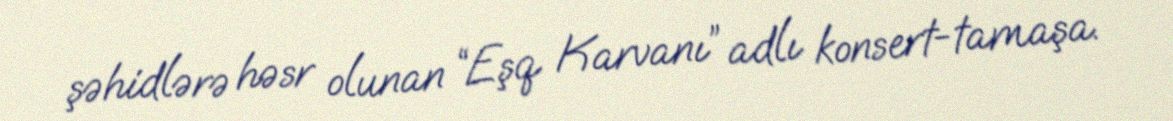
şəhidlərə həsr olunan “Eşq Karvanı” adlı konsert-tamaşa.